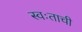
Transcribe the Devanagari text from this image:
स्वःताची